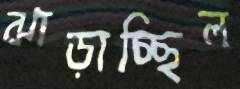
ঝাড়াচ্ছিল